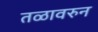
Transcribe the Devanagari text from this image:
तळावरुन